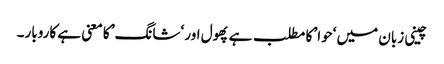
چینی زبان میں ‘حوا’ کا مطلب ہے پھول اور ‘شانگ’ کا معنی ہے کاروبار۔